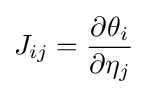
J_{ij}={\frac {\partial \theta _{i}}{\partial \eta _{j}}}